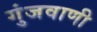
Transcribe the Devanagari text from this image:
गुंजवाणी